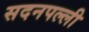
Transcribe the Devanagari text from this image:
सदनपल्ली